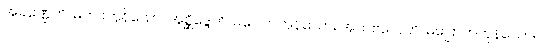
အခဏ္ဍေဟိ၊ မကျိုးကုန်သော။ အစ္ဆိဒ္ဒေဟိ၊ မပေါက်ကုန်သော။ အသဗလေဟိ၊ မပြောက်ကုန်သော။